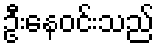
ဦးနေဝင်းသည်